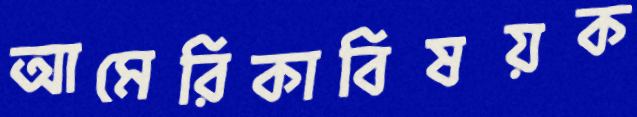
আমেরিকাবিষয়ক